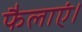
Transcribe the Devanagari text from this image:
फैलाएं।